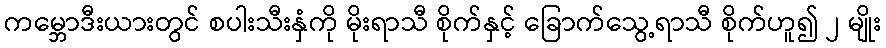
ကမ္ဘောဒီးယားတွင် စပါးသီးနှံကို မိုးရာသီ စိုက်နှင့် ခြောက်သွေ့ရာသီ စိုက်ဟူ၍ ၂ မျိုး